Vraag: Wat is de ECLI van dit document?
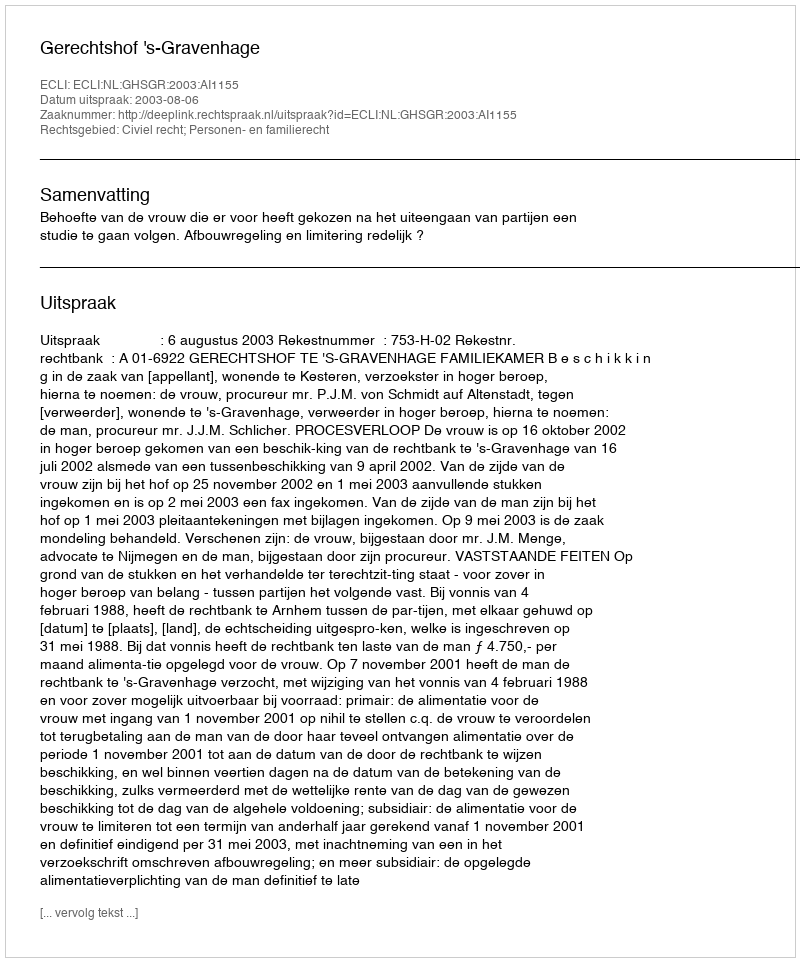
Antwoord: ECLI:NL:GHSGR:2003:AI1155